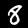
Digit: 8